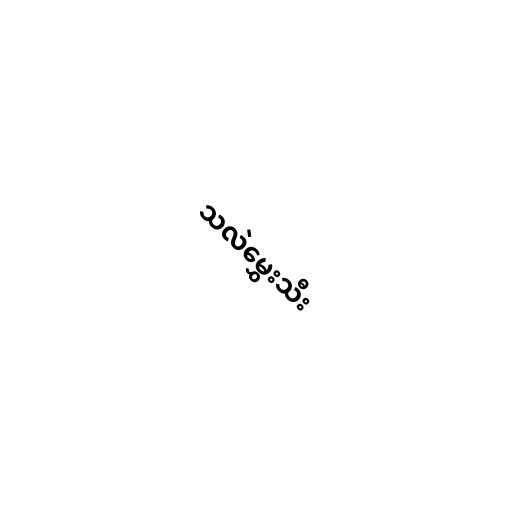
သလဲမွှေးသီး